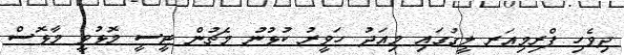
ދިވެހި ޕްރިމިއަރ ލީގުގައި މިއަދު ހަވީރު ކުޅުނު މެޗުން ޓީސީ މޮޅުވީ މާޅޮސް